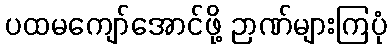
ပထမကျော်အောင်ဖို့ ဉာဏ်များကြပုံ